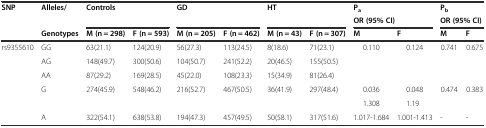
| <ROWSPAN=2> SNP | <ROWSPAN=2> Alleles/ | <ROWSPAN=2-COLSPAN=2> Controls | <ROWSPAN=2-COLSPAN=2> GD | <ROWSPAN=2-COLSPAN=2> HT | <COLSPAN=2> Pa | <COLSPAN=2> Pb |
 | <COLSPAN=2> OR (95% CI) | <COLSPAN=2> OR (95% CI) |
 |  | Genotypes | M (n = 298) | F (n = 593) | M (n = 205) | F (n = 462) | M(n = 43) | F(n = 307) | M | F | M | F |
 | --- | --- | --- | --- | --- | --- | --- | --- | --- | --- | --- | --- |
 | <ROWSPAN=6> rs9355610 | GG | 63(21.1) | 124(20.9) | 56(27.3) | 113(24.5) | 8(18.6) | 71(23.1) | <ROWSPAN=3> 0.110 | <ROWSPAN=3> 0.124 | <ROWSPAN=3> 0.741 | <ROWSPAN=3> 0.675 |
 | AG | 148(49.7) | 300(50.6) | 104(50.7) | 241(52.2) | 20(46.5) | 155(50.5) |
 | AA | 87(29.2) | 169(28.5) | 45(22.0) | 108(23.3) | 15(34.9) | 81(26.4) |
 | <ROWSPAN=2> G | <ROWSPAN=2> 274(45.9) | <ROWSPAN=2> 548(46.2) | <ROWSPAN=2> 216(52.7) | <ROWSPAN=2> 467(50.5) | <ROWSPAN=2> 36(41.9) | <ROWSPAN=2> 297(48.4) | 0.036 | 0.048 | <ROWSPAN=2> 0.474 | <ROWSPAN=2> 0.383 |
 | 1.308 | 1.19 |
 | A | 322(54.1) | 638(53.8) | 194(47.3) | 457(49.5) | 50(58.1) | 317(51.6) | 1.017-1.684 | 1.001-1.413 | - | - |